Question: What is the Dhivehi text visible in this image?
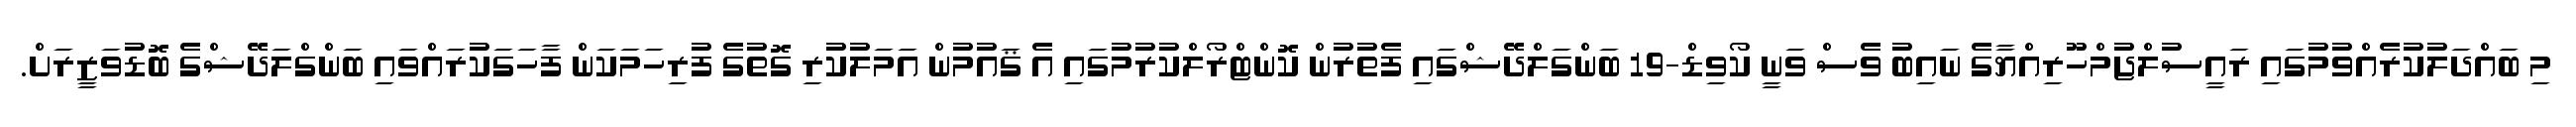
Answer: މި ބައްދަލުކުރެއްވުމުގައި ރައީސުލްޖުމްހޫރިއްޔާގެ ނައިބު ވެސް ވަނީ ކޯވިޑް-19 ބަންގަލްދޭޝްގައި ފެތުރުން ކޮންޓްރޯލްކުރުމުގައި އެ ޤައުމުން އަމަލުކުރި ގޮތުގެ ފުރިހަމަކަން ފާހަގަކުރައްވައި ބަންގްލަދޭޝްގެ ބޮޑުވަޒީރަށް.